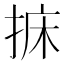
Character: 𢭩